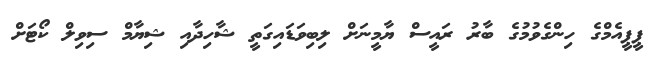
ޕީޕީއެމްގެ ހިންގެވުމުގެ ބާރު ރައީސް ޔާމީނަށް ލިބިވަޑައިގަތީ ޝާހިދާއި ޝިޔާމް ސިވިލް ކޯޓަށް